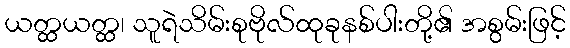
ယတ္ထယတ္ထ၊ သူရဲသိမ်းစုဗိုလ်ထုခုနစ်ပါးတို့၏ အစွမ်းဖြင့်